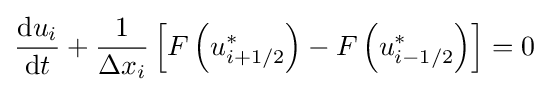
{\frac {\mathrm {d} u_{i}}{\mathrm {d} t}}+{\frac {1}{\Delta x_{i}}}\left[F\left(u_{i+1/2}^{*}\right)-F\left(u_{i-1/2}^{*}\right)\right]=0